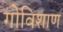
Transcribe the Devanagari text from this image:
गोविशाण